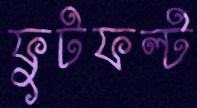
ফুটফল্ট